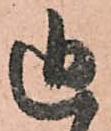
追